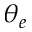
\theta _ { e }